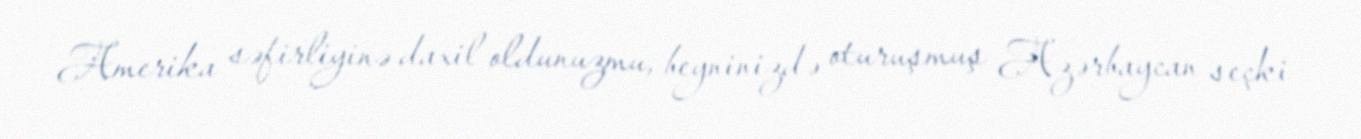
Amerika səfirliyinə daxil oldunuzmu, beyninizdə oturuşmuş Azərbaycan seçki